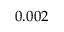
0 . 0 0 2 \